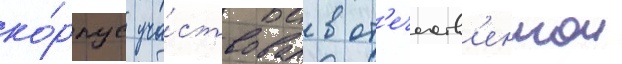
ко́рпус уча́ствовал в от'ечеств'еннои